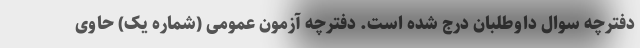
دفترچه سوال داوطلبان درج شده است. دفترچه آزمون عمومی (شماره یک) حاوی